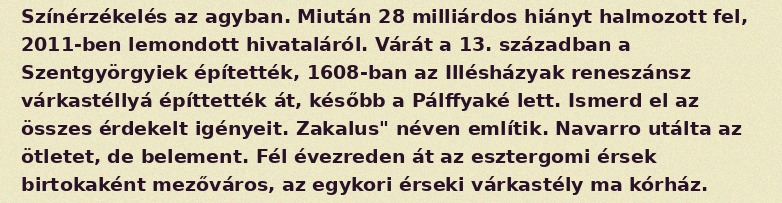
Színérzékelés az agyban. Miután 28 milliárdos hiányt halmozott fel, 2011-ben lemondott hivataláról. Várát a 13. században a Szentgyörgyiek építették, 1608-ban az Illésházyak reneszánsz várkastéllyá építtették át, később a Pálffyaké lett. Ismerd el az összes érdekelt igényeit. Zakalus" néven említik. Navarro utálta az ötletet, de belement. Fél évezreden át az esztergomi érsek birtokaként mezőváros, az egykori érseki várkastély ma kórház.